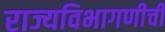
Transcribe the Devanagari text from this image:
राज्यविभागणीची